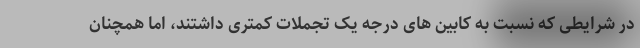
در شرایطی که نسبت به کابین های درجه یک تجملات کمتری داشتند، اما همچنان